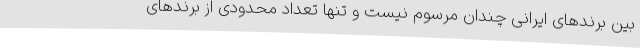
بین برندهای ایرانی چندان مرسوم نیست و تنها تعداد محدودی از برندهای